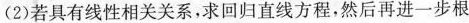
(2)若具有线性相关关系，求回归直线方程，然后再进一步根